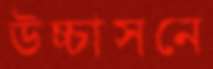
উচ্চাসনে